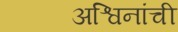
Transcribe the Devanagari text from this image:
अश्विनांची